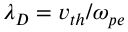
\lambda _ { D } = v _ { t h } / \omega _ { p e }